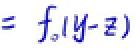
$=f_{\circ }(y - z)$